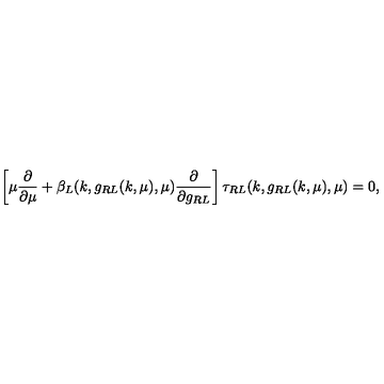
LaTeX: \left[ \mu \frac { \partial } { \partial \mu } + \beta _ { L } ( k , g _ { R L } ( k , \mu ) , \mu ) \frac { \partial } { \partial g _ { R L } } \right] \tau _ { R L } ( k , g _ { R L } ( k , \mu ) , \mu ) = 0 ,